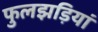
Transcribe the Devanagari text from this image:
फुलझड़ियां